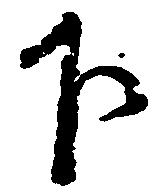
下